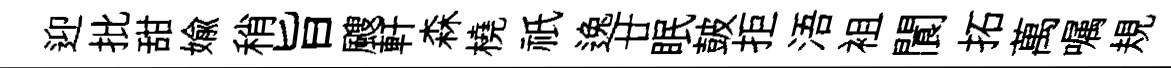
迎批甜媮稍旨颼軒森橈祇逸廿眠皷拒浯袓閬拓萬嘱規